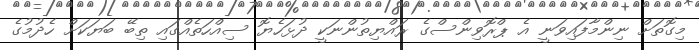
މިގޮތަށް ނިންމާފައިވަނީ އެ ޕްރޮވިންސްގެ ރައްޔިތުންނަކީ ދުޅަހެޔޮ ސިއްހަތެއްގައި ތިބޭ ބަޔަކަށް ހެދުމުގެ